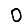
Digit: 0